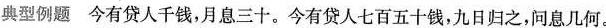
典型例题 今有贷人千钱，月息三十。今有贷人七百五十钱，九日归之，问息几何。